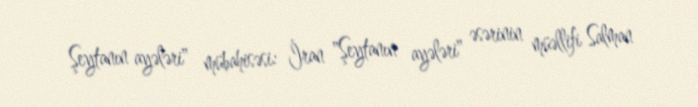
Şeytanın ayələri" mübahisəsi: İran "Şeytanın ayələri" əsərinin müəllifi Salman